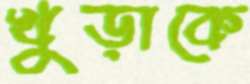
খুড়াকে